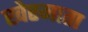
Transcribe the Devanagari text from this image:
खेरमाता